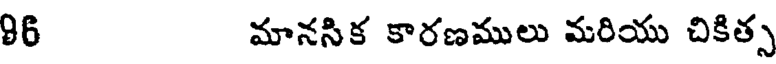
86 మానసిక కారణములు మరియు చికిత్స